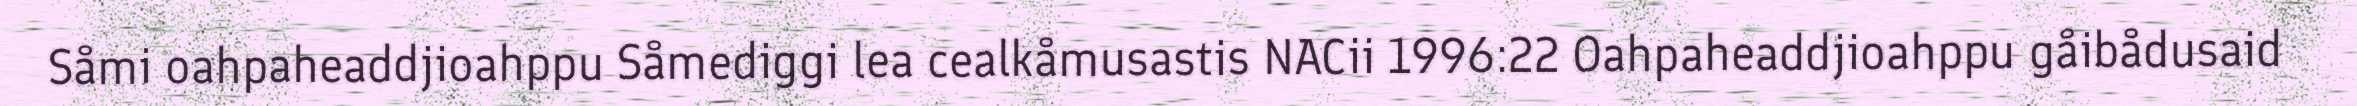
Såmi oahpaheaddjioahppu Såmediggi lea cealkåmusastis NACii 1996:22 Oahpaheaddjioahppu gåibådusaid